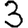
Digit: 3